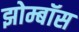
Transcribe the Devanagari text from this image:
झोम्बॉस